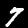
Digit: 7